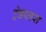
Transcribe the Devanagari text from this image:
ट्रेडप्लस